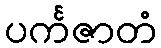
ပင်္ကဇာတံ